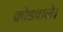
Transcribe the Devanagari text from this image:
क्रोडवाले।